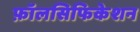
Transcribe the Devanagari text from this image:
फ़ॉलसिफिकेशन